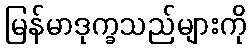
မြန်မာဒုက္ခသည်များကို